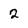
Character: 2